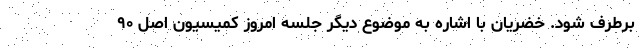
برطرف شود. خضریان با اشاره به موضوع دیگر جلسه امروز کمیسیون اصل ۹۰